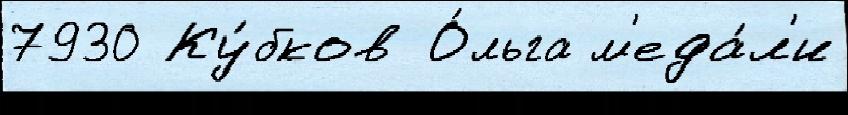
7930 Ку́бков О́льга м'еда́л'и